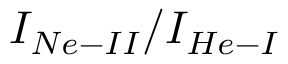
I _ { N e - I I } / I _ { H e - I }